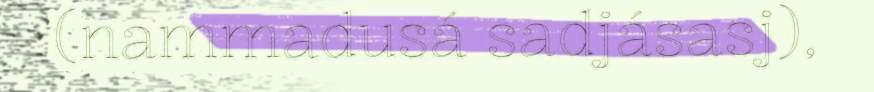
(nammadusá sadjásasj),